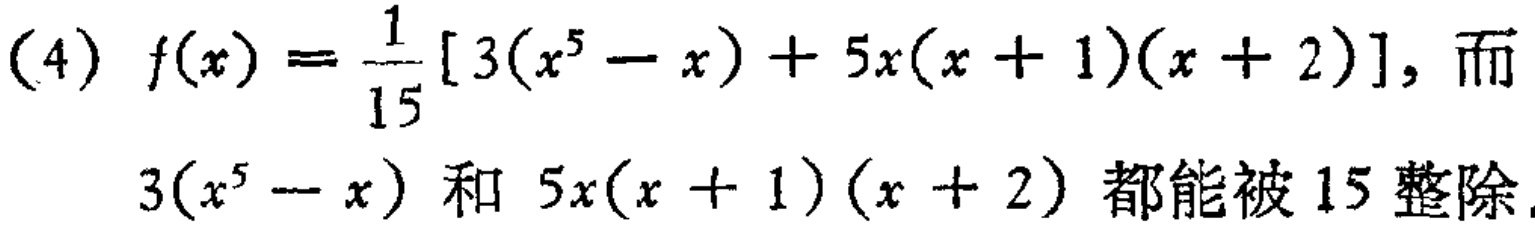
(4) \(f(x)=\frac{1}{15}[3(x^{5}-x)+5x(x + 1)(x + 2)]\), 而

\(3(x^{5}-x)\) 和 \(5x(x + 1)(x + 2)\) 都能被 \(15\) 整除.